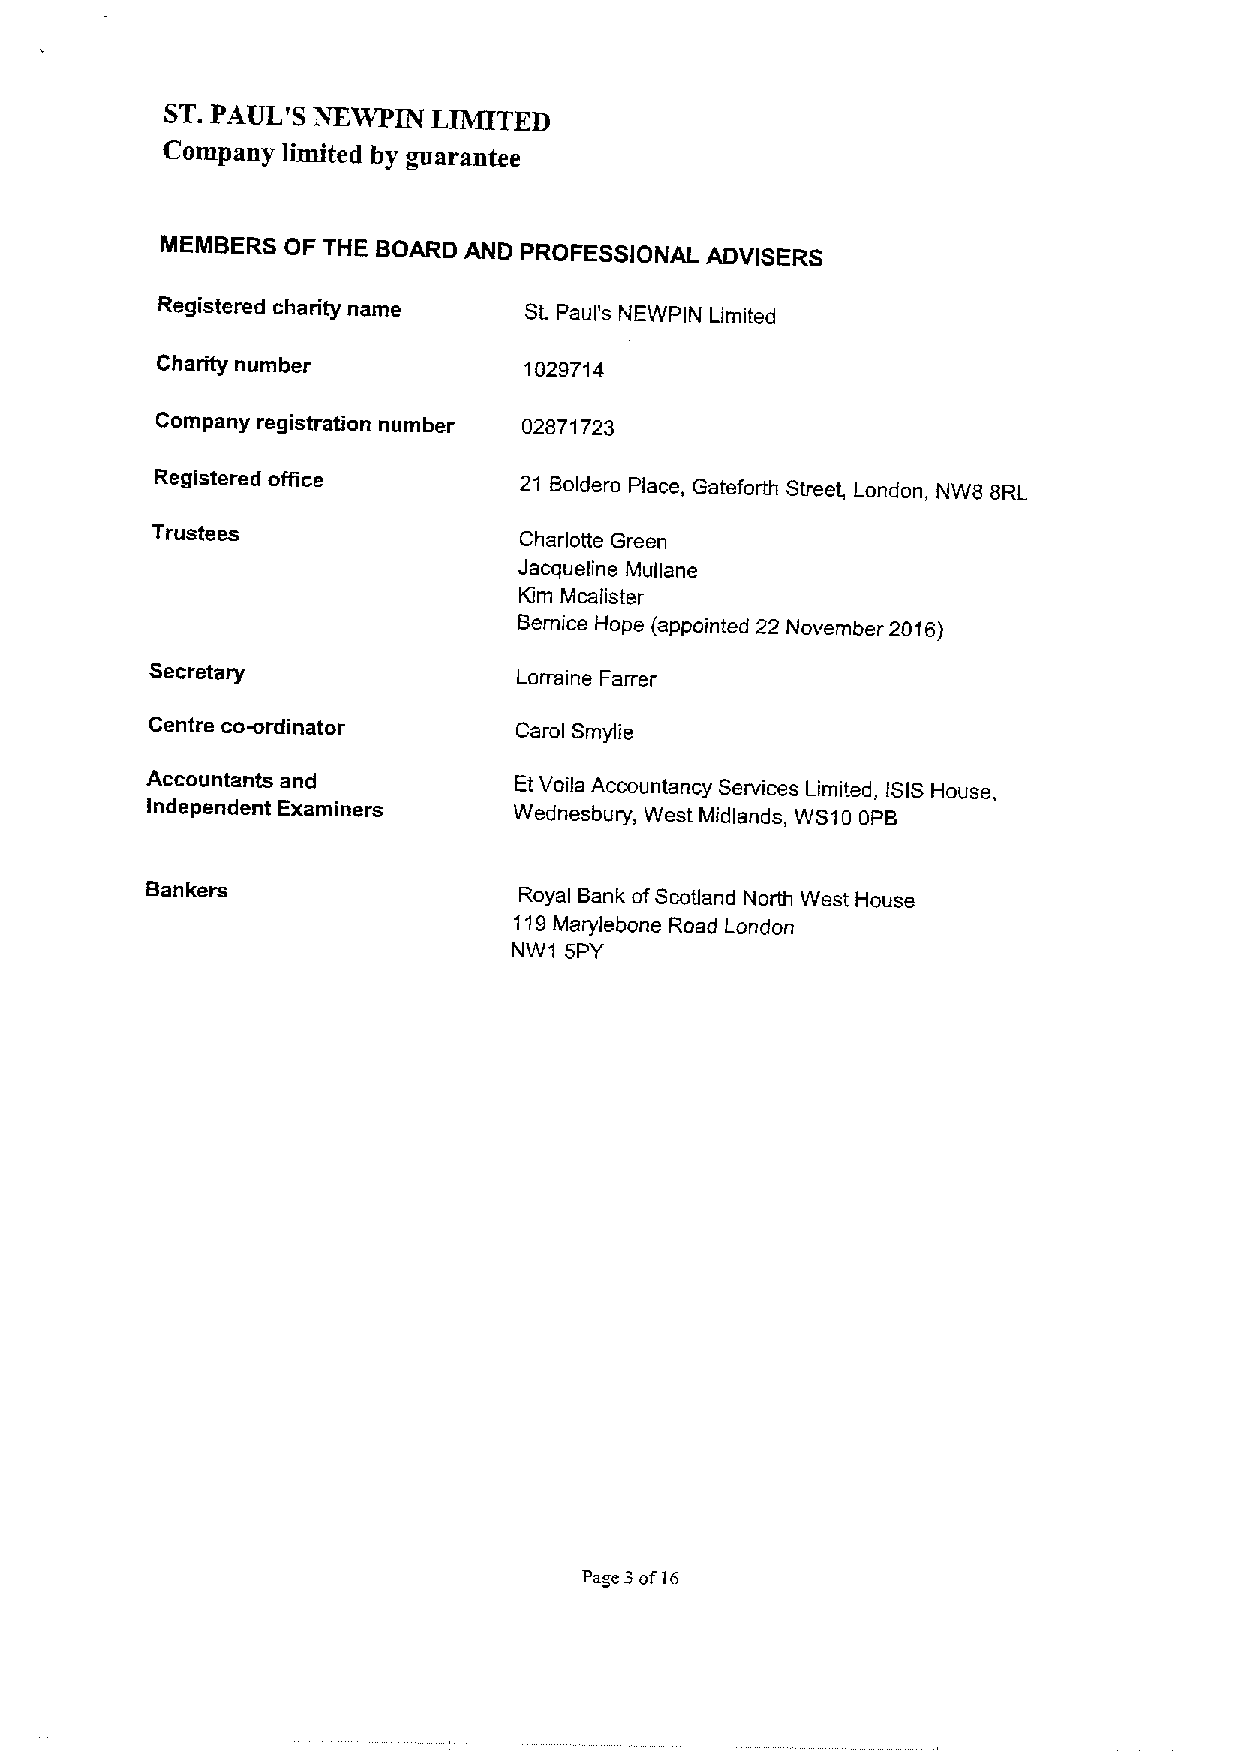
ST.PAUL'S
 NKWPIN  LIMITED
 Colnpany limited by guarantee
 MEMBERS OF THE BOARD AND PROFESSIONAL ADVISERS
 Registered charity name  St. Paul's NEWPIN Limited
 Charity number           1029714
 Company registration number 02871723
 Registered oflice       21 Boldero Place, Gateforth Street, London, NW8 8RL
 Trustees
 Charlotte Green
 Jacqueline Muilane
 Kim Mcalister
 Bernice Hope (appointed 22 November 2016)
 Secretary
 Lorraine Farrer
 Centre cowrdinator      Carol Smylie
 Accountants and         EtVoila Accountancy Services Limited, ISISHouse,
 Independent Examiners   Wednesbury, West Midlands, WS10 OPB
 Bankers
 Royal Bank ofScotland North West House
 119Marylebone Road London
 NW1 5PY
 Page 3of16